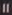
11